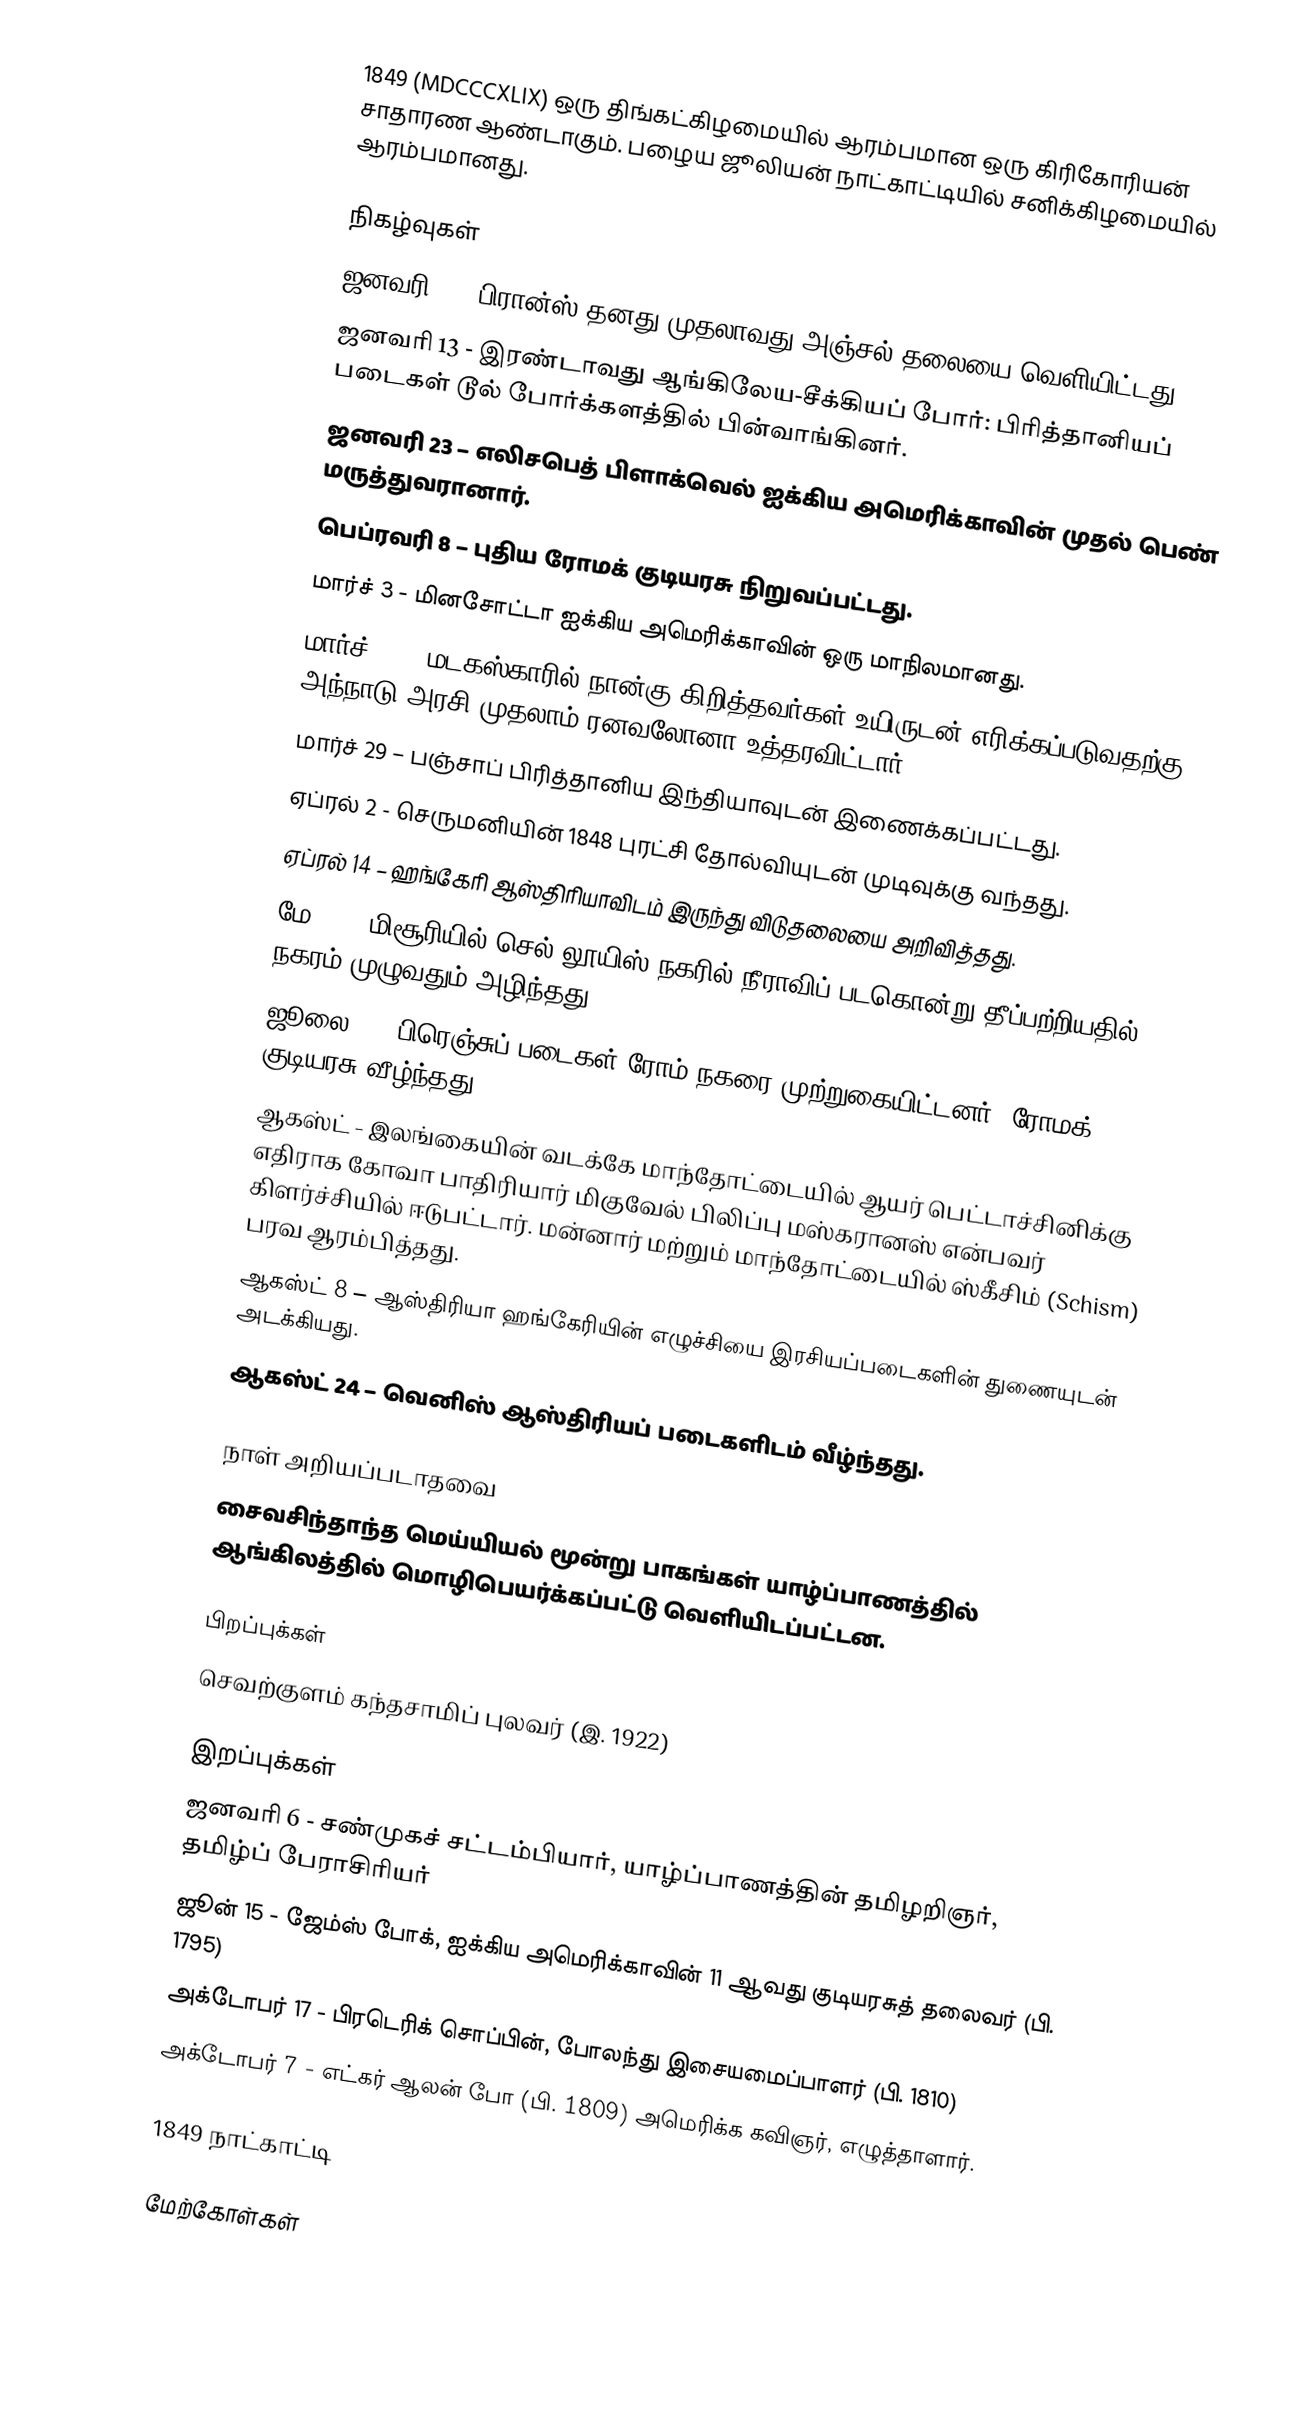
1849  (MDCCCXLIX) ஒரு திங்கட்கிழமையில் ஆரம்பமான ஒரு கிரிகோரியன் சாதாரண ஆண்டாகும். பழைய ஜூலியன் நாட்காட்டியில் சனிக்கிழமையில் ஆரம்பமானது.

நிகழ்வுகள்
 ஜனவரி 1 - பிரான்ஸ் தனது முதலாவது அஞ்சல் தலையை வெளியிட்டது.
 ஜனவரி 13 - இரண்டாவது ஆங்கிலேய-சீக்கியப் போர்: பிரித்தானியப் படைகள் டூல் போர்க்களத்தில் பின்வாங்கினர்.
 ஜனவரி 23 – எலிசபெத் பிளாக்வெல் ஐக்கிய அமெரிக்காவின் முதல் பெண் மருத்துவரானார்.
 பெப்ரவரி 8 – புதிய ரோமக் குடியரசு நிறுவப்பட்டது.
 மார்ச் 3 - மினசோட்டா ஐக்கிய அமெரிக்காவின் ஒரு மாநிலமானது.
 மார்ச் 28 – மடகஸ்காரில் நான்கு கிறித்தவர்கள் உயிருடன் எரிக்கப்படுவதற்கு அந்நாடு அரசி முதலாம் ரனவலோனா உத்தரவிட்டார்.
 மார்ச் 29 – பஞ்சாப் பிரித்தானிய இந்தியாவுடன் இணைக்கப்பட்டது.
 ஏப்ரல் 2 - செருமனியின் 1848 புரட்சி தோல்வியுடன் முடிவுக்கு வந்தது.
 ஏப்ரல் 14 – ஹங்கேரி ஆஸ்திரியாவிடம் இருந்து விடுதலையை அறிவித்தது.
 மே 17 - மிசூரியில் செல் லூயிஸ் நகரில் நீராவிப் படகொன்று தீப்பற்றியதில் நகரம் முழுவதும் அழிந்தது.
 ஜூலை 3 – பிரெஞ்சுப் படைகள் ரோம் நகரை முற்றுகையிட்டனர். ரோமக் குடியரசு வீழ்ந்தது.
 ஆகஸ்ட் - இலங்கையின் வடக்கே மாந்தோட்டையில் ஆயர் பெட்டாச்சினிக்கு எதிராக கோவா பாதிரியார் மிகுவேல் பிலிப்பு மஸ்கரானஸ் என்பவர் கிளர்ச்சியில் ஈடுபட்டார். மன்னார் மற்றும் மாந்தோட்டையில் ஸ்கீசிம் (Schism) பரவ ஆரம்பித்தது.
 ஆகஸ்ட் 8 – ஆஸ்திரியா ஹங்கேரியின் எழுச்சியை இரசியப்படைகளின் துணையுடன் அடக்கியது.
 ஆகஸ்ட் 24 – வெனிஸ் ஆஸ்திரியப் படைகளிடம் வீழ்ந்தது.

நாள் அறியப்படாதவை
 சைவசிந்தாந்த மெய்யியல் மூன்று பாகங்கள் யாழ்ப்பாணத்தில் ஆங்கிலத்தில் மொழிபெயர்க்கப்பட்டு வெளியிடப்பட்டன.

பிறப்புக்கள்
 செவற்குளம் கந்தசாமிப் புலவர் (இ. 1922)

இறப்புக்கள்
 ஜனவரி 6 - சண்முகச் சட்டம்பியார், யாழ்ப்பாணத்தின் தமிழறிஞர், தமிழ்ப் பேராசிரியர்
 ஜூன் 15 - ஜேம்ஸ் போக், ஐக்கிய அமெரிக்காவின் 11 ஆவது குடியரசுத் தலைவர் (பி. 1795)
 அக்டோபர் 17 - பிரடெரிக் சொப்பின், போலந்து இசையமைப்பாளர் (பி. 1810)
 அக்டோபர் 7 - எட்கர் ஆலன் போ (பி. 1809) அமெரிக்க கவிஞர், எழுத்தாளார்.

1849 நாட்காட்டி

மேற்கோள்கள்